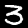
Label: 3